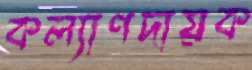
কল্যাণদায়ক